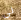
لي